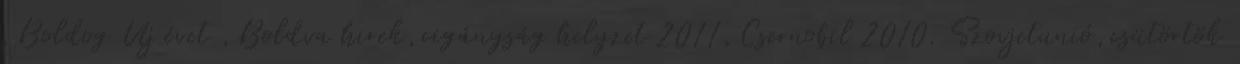
,Boldog Uj évet ,Boldva hirek,cigányság helyzet 2011,Csernobil 2010. Szovjetunió,csütörtök